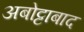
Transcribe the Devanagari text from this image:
अबोट्टाबाद